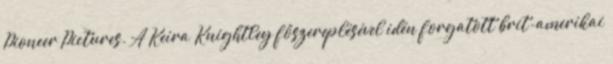
Pioneer Pictures. A Keira Knightley főszereplésével idén forgatott brit-amerikai